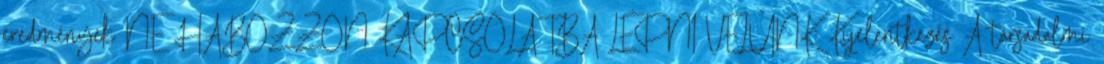
eredmények NE HABOZZON KAPCSOLATBA LÉPNI VELÜNK: Kijelentkezés A társadalmi